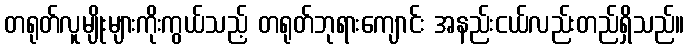
တရုတ်လူမျိုးများကိုးကွယ်သည့် တရုတ်ဘုရားကျောင်း အနည်းငယ်လည်းတည်ရှိသည်။